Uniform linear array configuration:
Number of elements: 8
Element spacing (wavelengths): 0.75
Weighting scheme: hamming
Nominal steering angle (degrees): -45
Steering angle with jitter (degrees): -45.362
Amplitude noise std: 0.05
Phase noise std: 0.05

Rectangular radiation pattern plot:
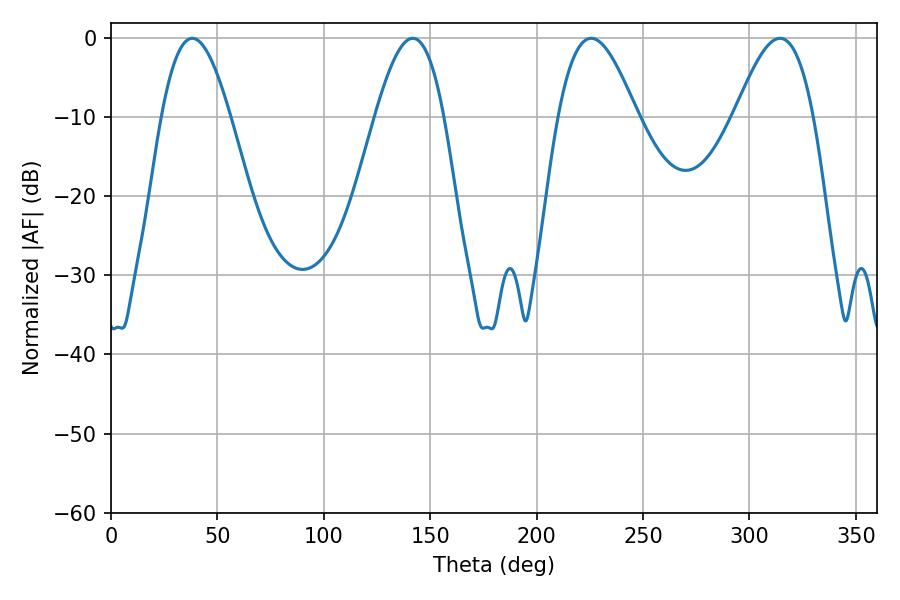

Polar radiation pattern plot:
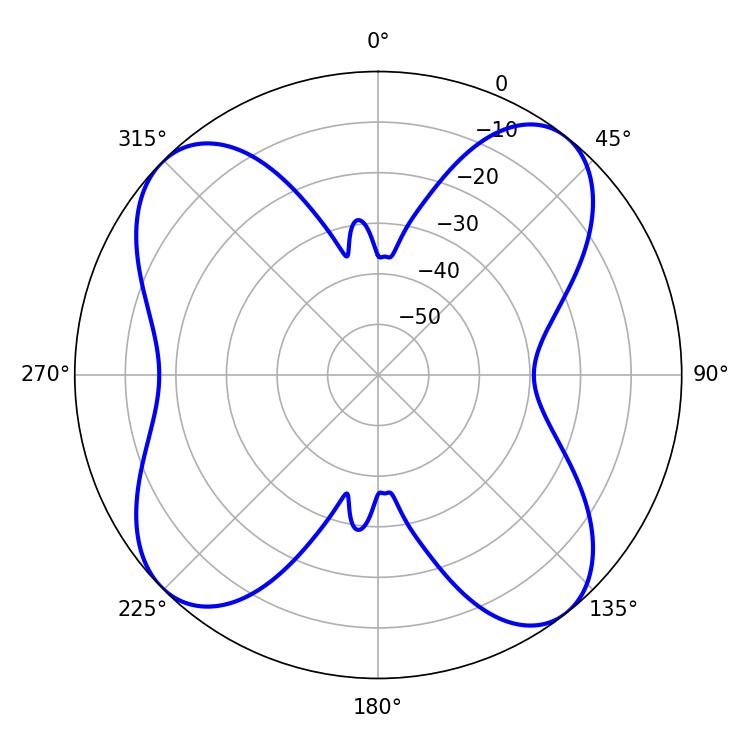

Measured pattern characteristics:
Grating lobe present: TRUE
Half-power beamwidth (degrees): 17.64
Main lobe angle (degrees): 38.16